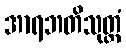
အာရဘတိသုတ္တံ